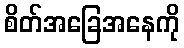
စိတ်အခြေအနေကို